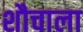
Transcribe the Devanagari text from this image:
शौचाला